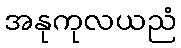
အနုကုလယညံ